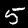
Digit: 5